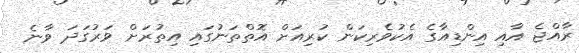
ރާއްޖެ އާއި އިންޑިއާގެ އެކުވެރިކަން ކުރިއަށް އޮތްތަނުގައި އިތުރަށް ވަރުގަދަ ވާނެ